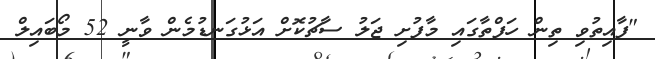
"ފާއިތުވި ތިން ހަފްތާގައި މާފުށި ޖަލު ސާޗުކޮށް އަޅުގަނޑުމެން ވާނީ 52 މޯބައިލް